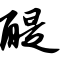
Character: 醍